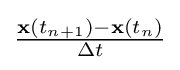
{\tfrac {\mathbf {x} (t_{n+1})-\mathbf {x} (t_{n})}{\Delta t}}